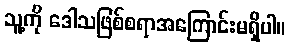
သူ့ကို ဒေါသဖြစ်စရာအကြောင်းမရှိပါ။